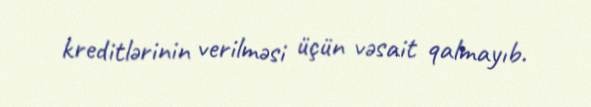
kreditlərinin verilməsi üçün vəsait qalmayıb.